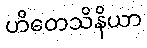
ဟိတေသိနိယာ